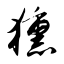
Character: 獯